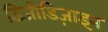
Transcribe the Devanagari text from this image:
डिजीडिज़ाइन